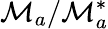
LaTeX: {\cal M}_{a}/{\cal M}_{a}^{*}